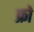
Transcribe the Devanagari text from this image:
फ्रो